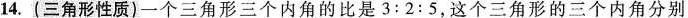
14.(三角形性质)一个三角形三个内角的比是3:2:5，这个三角形的三个内角分别